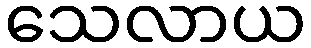
သေလာယ